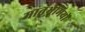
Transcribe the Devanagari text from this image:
मातृभूमियों